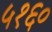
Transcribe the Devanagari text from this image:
५१६०